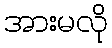
အားမလို